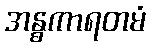
အန္ဓကာရတမံ